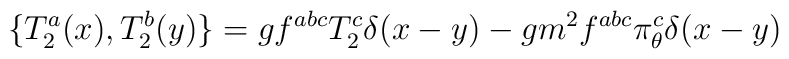
\{T_2^a(x),   T_2^b(y)\}   =  g f^{abc}T_2^c\delta(x-y)   -gm^2f^{abc}\pi_\theta^c\delta(x-y)